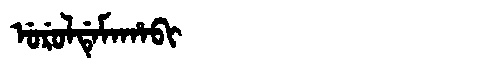
Manchu: ᡠᡵᡠᠯᡩᡝᠮᠠᡥᠠᠪᡳ
Romanization: URULDEMAHABI